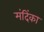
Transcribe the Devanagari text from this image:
मंदिंका